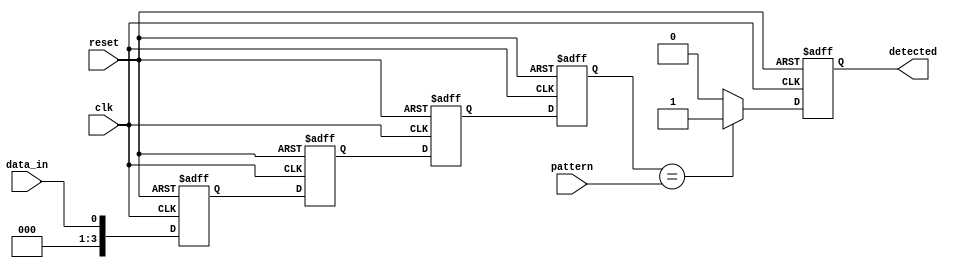
module flip_flop_detector #(
    parameter PATTERN_LENGTH = 4 // Length of the pattern to be detected
)(
    input clk,                      // Clock signal
    input reset,                    // Reset signal
    input data_in,                 // Input data stream
    input [PATTERN_LENGTH-1:0] pattern, // Pattern to be detected
    output reg detected             // Output signal indicating pattern match
);

    // Flip-flops to hold the input data
    reg [PATTERN_LENGTH-1:0] shift_reg [0:PATTERN_LENGTH-1]; // Shift register array
    integer i;

    always @(posedge clk or posedge reset) begin
        if (reset) begin
            // Reset the shift registers and output
            for (i = 0; i < PATTERN_LENGTH; i = i + 1) begin
                shift_reg[i] <= 0;
            end
            detected <= 0;
        end else begin
            // Shift data through the flip-flops
            shift_reg[0] <= data_in; // Store the current input in the first flip-flop
            for (i = 1; i < PATTERN_LENGTH; i = i + 1) begin
                shift_reg[i] <= shift_reg[i-1]; // Shift data through the array
            end
            
            // Check for pattern match
            if (shift_reg[PATTERN_LENGTH-1] == pattern) begin
                detected <= 1; // Pattern detected
            end else begin
                detected <= 0; // No match
            end
        end
    end

endmodule